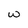
Character: w